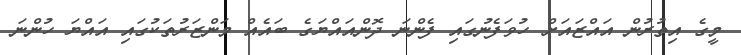
މީގެ އިތުރުން އައްޒައަށް ހުވަފެނުގައި ފެންނަ ދޮންއައްޔަގެ ބައެއް މަންޒަރުތަކުގައި އައްޔަ ހުންނަ